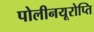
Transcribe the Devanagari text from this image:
पोलीनयूरोप्ति